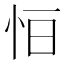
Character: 𢘆